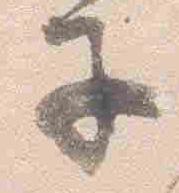
子